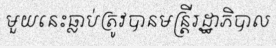
មួយនេះធ្លាប់ត្រូវបានមន្ត្រីរដ្ឋាភិបាល